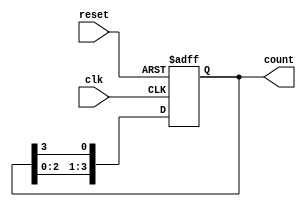
module ring_counter (
  input wire clk,          // Clock input
  input wire reset,        // Reset input (active low)
  output wire [3:0] count  // 4-bit counter output
);

  reg [3:0] count_reg;     // 4-bit counter register

  always @(posedge clk or posedge reset) begin
    if (reset) begin
      count_reg <= 4'b0001; // Initialize to 0001 on reset
    end else begin
      count_reg <= {count_reg[2:0], count_reg[3]}; // Shift right by 1
    end
  end

  assign count = count_reg; // Output is the counter register value

endmodule